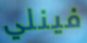
فينلي